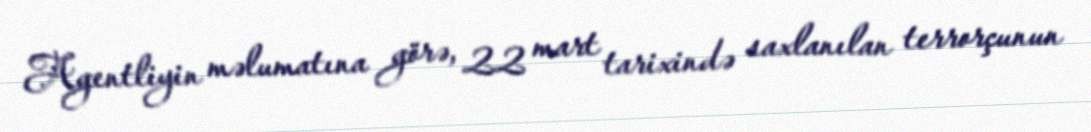
Agentliyin məlumatına görə, 22 mart tarixində saxlanılan terrorçunun